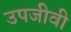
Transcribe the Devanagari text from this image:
उपजीवी